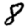
Digit: 8